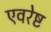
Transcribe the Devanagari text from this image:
एवरेष्ट